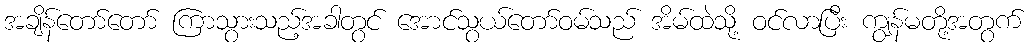
အချိန်တော်တော် ကြာသွားသည့်အခါတွင် အောင်သွယ်တော်ဝမ်သည် အိမ်ထဲသို့ ဝင်လာပြီး ကျွန်မတို့အတွက်